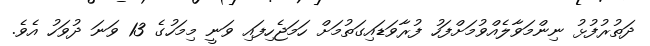
ދަތުރުފުޅު ނިންމަވާލެއްވުމަށްފަހު ފުރާވަޑައިގަތުމަށް ހަމަޖެހިފައި ވަނީ މިމަހުގެ 13 ވަނަ ދުވަހު އެވެ.